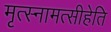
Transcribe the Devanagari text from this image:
मृत्स्नामत्सीहेति